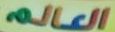
العالم